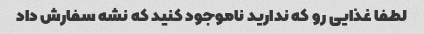
لطفا غذایی رو که ندارید ناموجود کنید که نشه سفارش داد